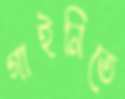
গাইনিতে